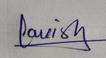
Signature authenticity: genuine